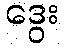
ဒွေး